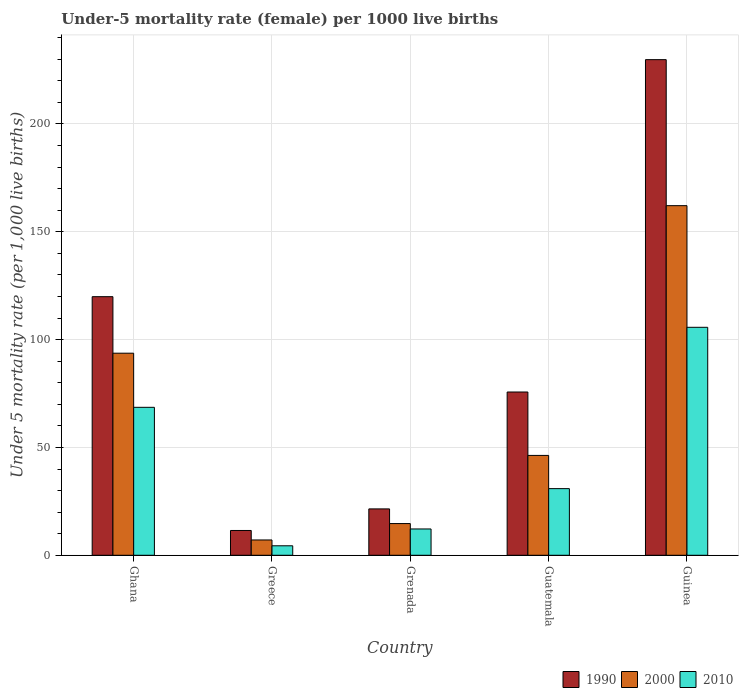
| Country | 1990 | 2000 | 2010 |
 | --- | --- | --- | --- |
 | Ghana | 120 | 93.7 | 68.6 |
 | Greece | 11.5 | 7.1 | 4.4 |
 | Grenada | 21.5 | 14.7 | 12.2 |
 | Guatemala | 75.7 | 46.3 | 30.9 |
 | Guinea | 230 | 162 | 106 |